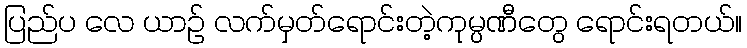
ပြည်ပ လေ ယာဉ် လက်မှတ်ရောင်းတဲ့ကုမ္ပဏီတွေ ရောင်းရတယ်။